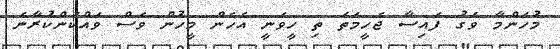
މުހަންމާ ވަގު ފައިސާ ޖެހީމަތަ ތި ހީވަނީ އެހެން މީހުން ވެސް ވައްކަންކުރާނެ